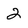
Character: 2